Vaccine operations Central Provinces 1900-1911 - 1900-1911
Year: 1900
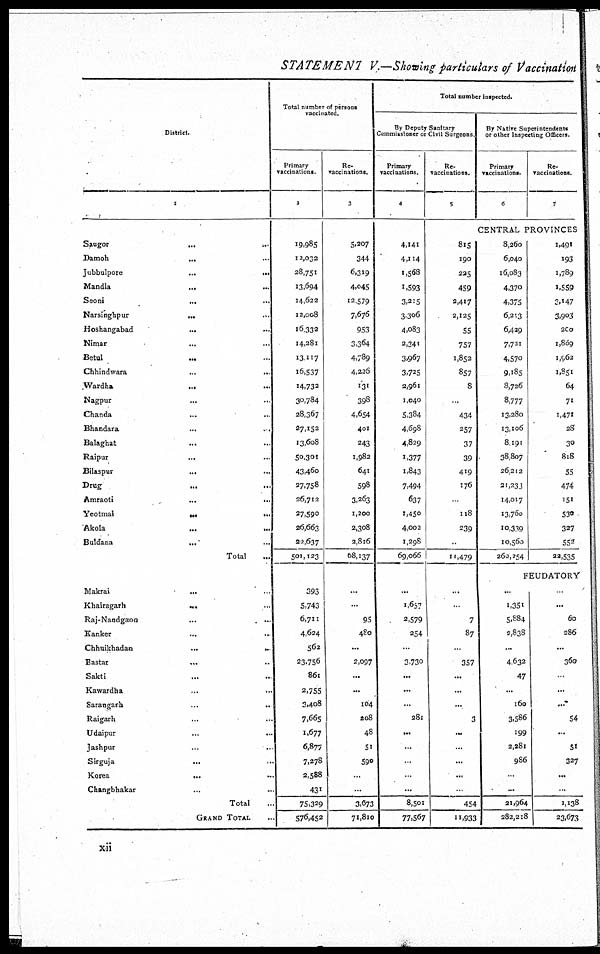
STATEMENT V.—Showing particulars of Vaccination
District.
1
Saugor
...
...
Damoh
... ...
Jubbulpore
...
...
Mandla
...
...
Seoni
... ...
Narsinghpur ... ...
Hoshangabad
... ...
Nimar ... ...
Betul ... ...
Chhindwara
...
...
Wardha
... ...
Nagpur ... ...
Chanda ... ...
Bhandara ... ...
Balaghat ... ...
Raipur
... ...
Bilaspur
... ...
Drug
...
...
Amraoti
...
...
Yeotmal
...
...
Akola
...
...
Buldana ... ...
Total ...
Makrai
... ...
Khairagarh ... ...
Raj-Nandgaon ... ...
Kanker ... ...
Chhuikhadan
...
...
Bastar
... ...
Sakti ... ...
Kawardha ... ...
Sarangarh
...
...
Raigarh ... ...
Udaipur ... ...
Jashpur
...
...
Sirguja
... ...
Korea
... ...
Changbhakar ...
Total ...
GRAND TOTAL ...
Total number of persons
vaccinated.
Primary
vaccinations.
3
19,985
12,032
28,751
13,694
14,622
12,008
16,332
14,281
13,117
16,537
14,732
30,784
28,367
27,152
13,608
50,301
43,460
27,758
26,712
27,590
26,663
22,637
501, 123
393
5,743
6,711
4,624
562
23,756
861
2,755
3,408
7,665
1,677
6,877
7,278
2,588
431
75,329
576,452
Re¬
vaccinations.
3
5,207
344
6,319
4,045
12,579
7,676
953
3,364
4,789
4,236
131
398
4,654
401
243
1,982
641
598
3,263
1,200
2,308
2,816
68,137
...
...
95
480
...
2,097
...
...
104
208
48
51
590
...
...
3,673
71,810
Total number inspected.
By Deputy Sanitary
Commissioner or Civil Surgeons.
Primary
vaccinations.
4
4,141
4,114
1,568
1,593
3,215
3,306
4,083
2,341
3,967
3,725
2,961
1,040
5,384
4,698
4,829
1,377
1,843
7,494
637
1,450
4,002
1,298
69,066
...
1,657
2,579
254
...
3,730
...
...
...
281
...
...
...
...
...
8,501
77,567
Re¬
vaccinations.
5
815
190
225
459
2,417
2,125
55
757
1,852
857
8
...
434
257
37
39
419
176
...
118
239
...
11,479
...
7
87
...
357
...
...
...
3
...
...
...
...
...
454
11,933
By Native Superintendents
or other Inspecting Officers
Primary
vaccinations.
6
Re¬
vaccinations.
7
CENTRAL PROVINCES
8,260
6,040
16,083
4,370
4,375
6,213
6,439
7,721
4,570
9,185
8,726
8,777
13,280
13,106
8,191
38,807
26,212
21,233
14,017
13,760
10,339
10,560
260,254
1,491
193
1,789
1,559
3,147
3,903
200
1,809
1,562
1,851
64
71
1,471
28
30
818
55
474
151
530
327
552
22,535
FEUDATORY
...
1,351
5,884
2,838
...
4,632
47
...
160
3,586
199
2,281
986
...
...
21,964
282,218
...
...
60
286
...
360
...
...
...
54
...
51
327
...
...
1,138
23,673
xii